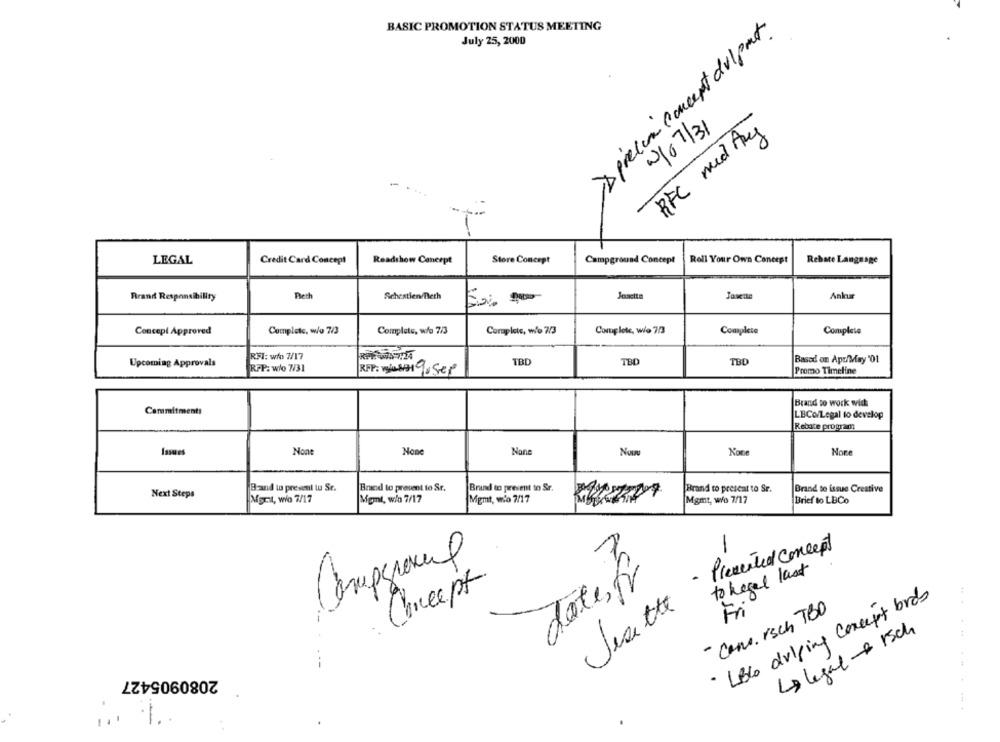
BASIC PROMOTION STATUS MEETING
>> precio concept dul part.
July 25, 2000
2/07/31
RFC med Any
-
...
LEGAL
Store Concept
Campground Concept
Roll Your Own Concept
Rebate Language
Credit Card Concept
Readshow Concept
Rrand Responsibility
Plech
Schestien/Tech
Josette
Ankur
Concept Approved
Complete, wo 7/3
Complete, w/o 7/3
Coraplete, who 7/3
Complete, we 7/3
Complete
Complete
RFI: why 7/17
Upcoming Approvals
TBD
TBD
TBO
Based on Apr/May '01
RPP: w/o 7/31
Promo Timeline
RFP: wie 891 9 sep
Brand to work with
Commitments
LECo/Legal to develop
Rebate program
Issues
Non
Non
Band to present tu Se.
Brand to prevent to Sr.
Bruund to present to Sr.
Brand to prescat to Sr.
Brand to issue Creative
Next Steps
Mgmt, wo 7/17
Mgmt, w/ 7/17
Mgmt, wo 2/17
Mgmt, wo 7/17
Brief to LBCo
Presented Concept
-
Grupgroup
to hegel last
date,fr
: Concept
· Lelo driving Concept brds
Vesette
Fri
- Cana. rsch TBO
La legal -+ 15ch
---
2080905427
... ..